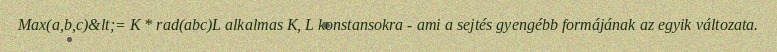
Max(a,b,c)&lt;= K * rad(abc)L alkalmas K, L konstansokra - ami a sejtés gyengébb formájának az egyik változata.